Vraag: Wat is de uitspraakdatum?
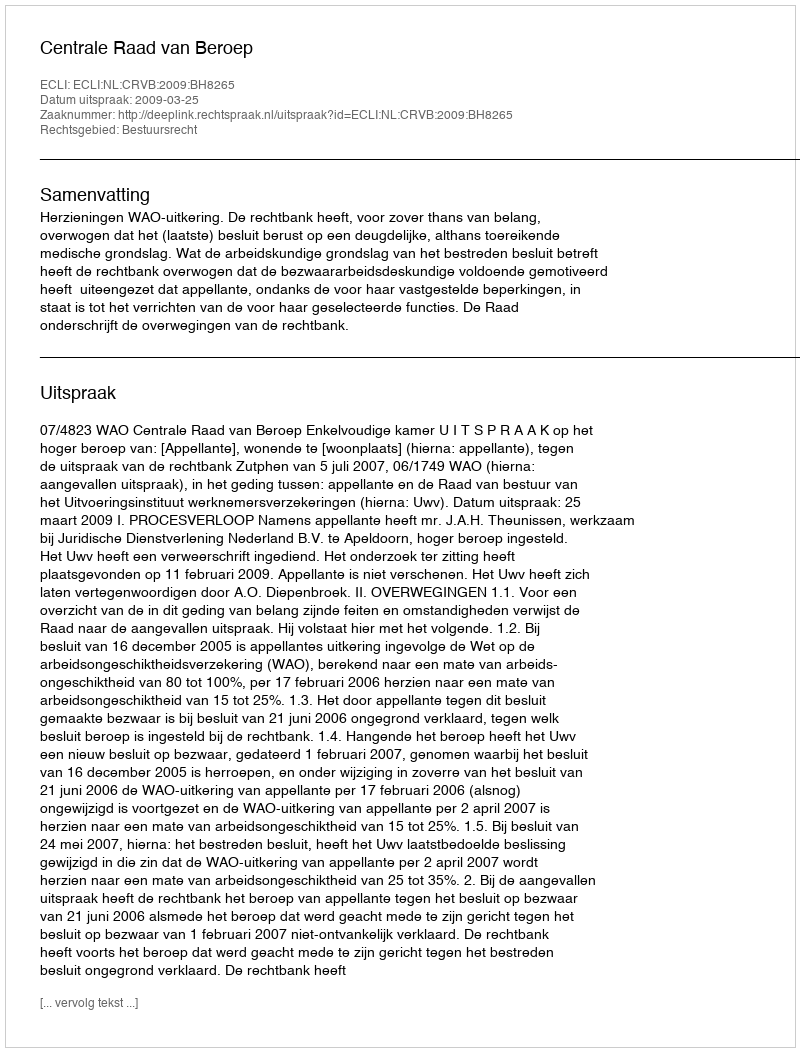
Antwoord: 2009-03-25